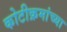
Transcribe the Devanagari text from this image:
कोटीक्रमांच्या